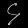
Digit: ၄